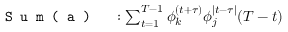
\begin{array} { r l } { \texttt { S u m ( a ) } } & { { } : \sum _ { t = 1 } ^ { T - 1 } \phi _ { k } ^ { ( t + \tau ) } \phi _ { j } ^ { \mid t - \tau \mid } ( T - t ) } \end{array}